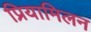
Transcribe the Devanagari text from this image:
प्रियामिलन